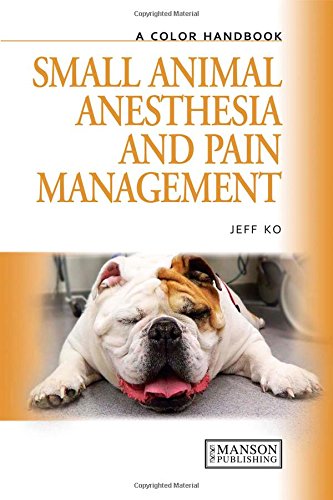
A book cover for Small Animal Anesthesia and Pain Management: A Color Handbook (Veterinary Color Handbook Series); Jeff Ko; Medical Books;